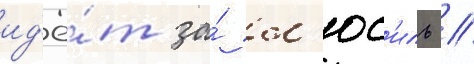
ид'ё́т за́ л'юс'иль //